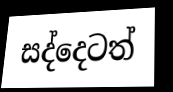
සද්දෙටත්